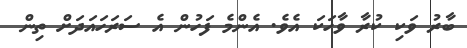
ބާރު ވަކި ކުރާ ވާހަކަ އެވެ. އެންމެ ފަހުން އެ ސަރަހައަދަށް ތިން